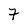
Character: 7